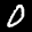
Label: 0